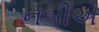
નબીએ